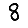
Digit: 8